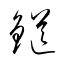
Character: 鎹